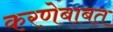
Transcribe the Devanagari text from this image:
करणेबाबत